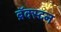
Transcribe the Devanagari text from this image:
ब्रॅक्स्टन